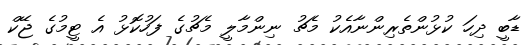
ޑާބީ ދިހަ ކުޅުންތެރިންނާއެކު މެޗު ނިންމާލީ މެޗުގެ ފަހުކޮޅު އެ ޓީމުގެ ޖޭކް